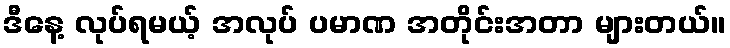
ဒီနေ့ လုပ်ရမယ့် အလုပ် ပမာဏ အတိုင်းအတာ များတယ်။